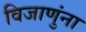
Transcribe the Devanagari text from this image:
विजाणुंना